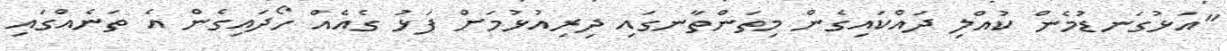
"އަޅުގަނޑުމެން ކުއްލި ދައްކައިގެން މިތަންތާނގައި ދިރިއުޅުމަށް ފަޅު ގެއެއްް ހޯދައިގެން އެ ތަނެއްގައި